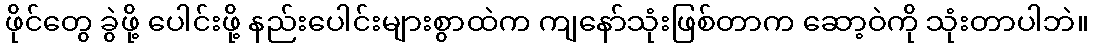
ဖိုင်တွေ ခွဲဖို့ ပေါင်းဖို့ နည်းပေါင်းများစွာထဲက ကျနော်သုံးဖြစ်တာက ဆော့ဝဲကို သုံးတာပါဘဲ။